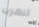
لنهرب